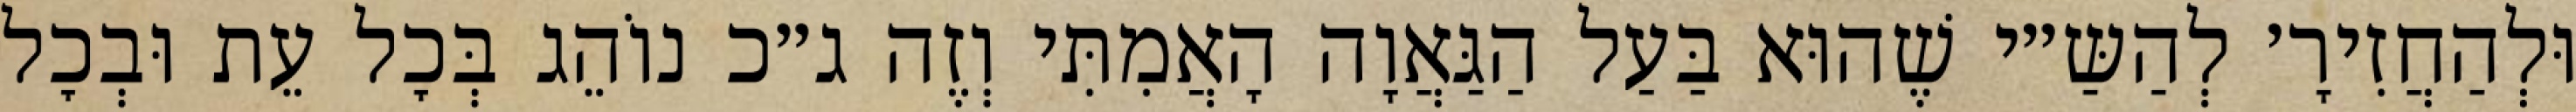
וּלְהַחֲזִירָ׳ לְהַשַּ״י שֶׁהוּא בַּעַל הַגַּאֲוָה הָאֲמִתִּי וְזֶה ג״כ נוֹהֵג בְּכׇל עֵת וּבְכׇל